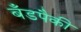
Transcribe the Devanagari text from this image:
बँडपैकी